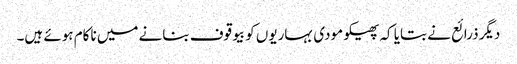
دیگر ذرائع نے بتایا کہ پھیکو مودی بہاریوں کو بیوقوف بنانے میں ناکام ہوئے ہیں۔